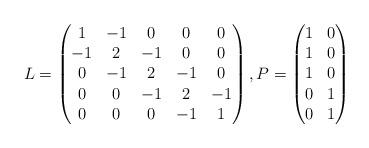
LaTeX: \begin{align*} L & = \begin{pmatrix} 1 & -1 & 0 & 0 & 0 \\ -1 & 2 & -1 & 0 & 0 \\ 0 & -1 & 2 & -1 & 0 \\ 0 & 0 & -1 & 2 & -1 \\ 0 & 0 & 0 & -1 & 1 \end{pmatrix}, P = \begin{pmatrix} 1 & 0 \\ 1 & 0 \\ 1 & 0 \\ 0 & 1 \\ 0 & 1 \end{pmatrix}\end{align*}